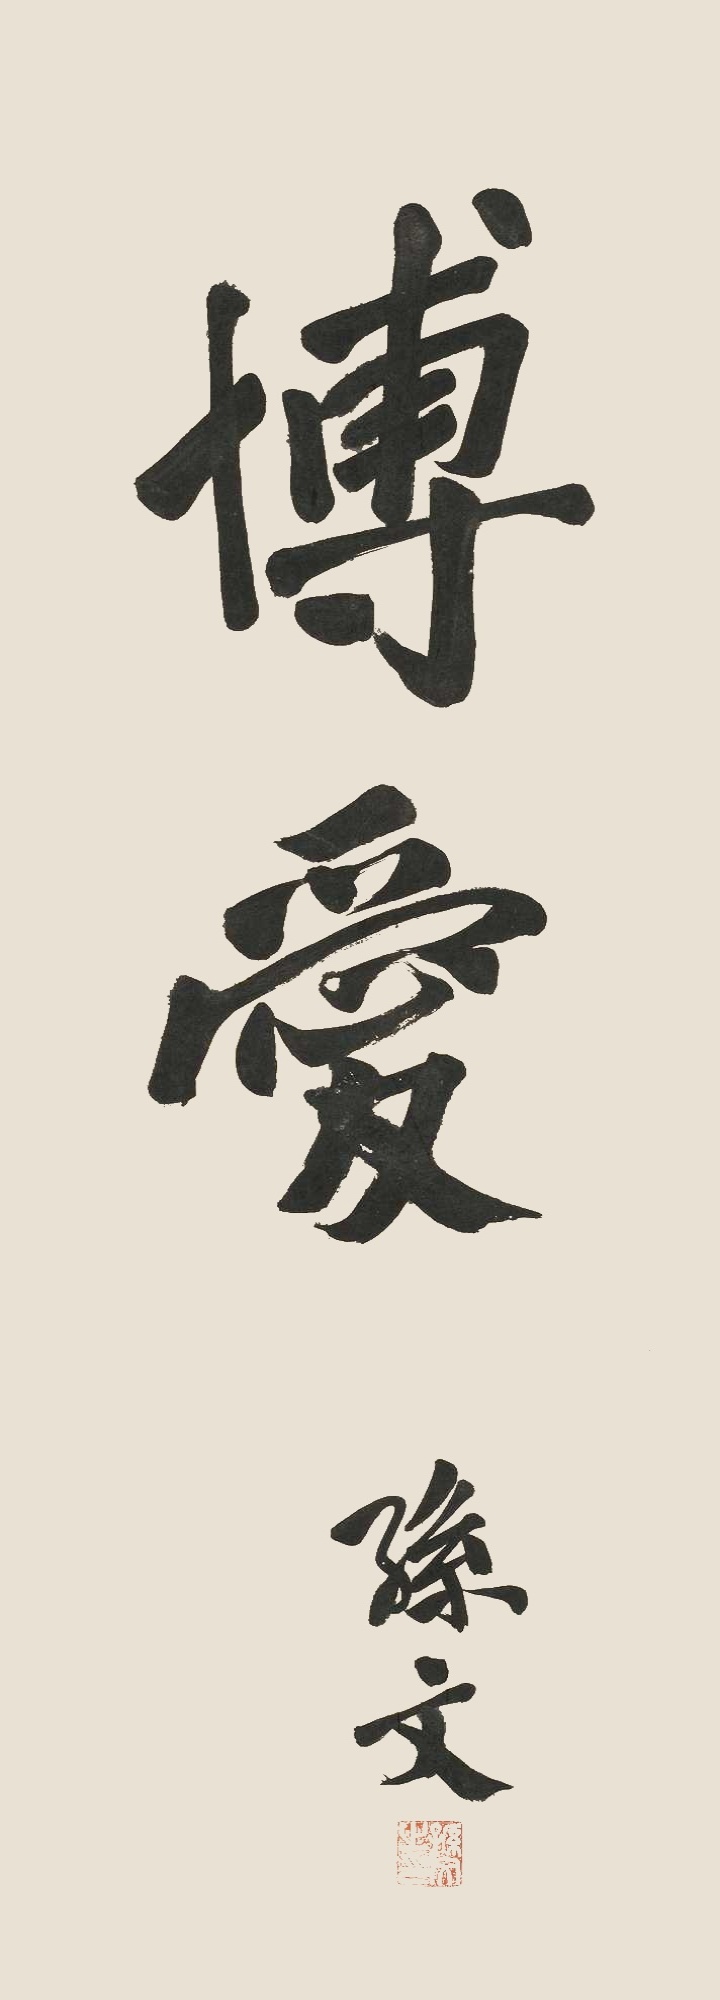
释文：博爱孙文。